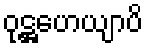
ဝုဋ္ဌဟေယျာပိ